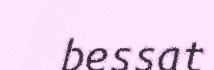
bessat